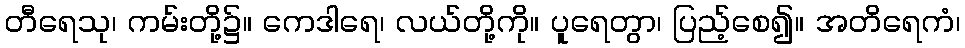
တီရေသု၊ ကမ်းတို့၌။ ကေဒါရေ၊ လယ်တို့ကို။ ပူရေတွာ၊ ပြည့်စေ၍။ အတိရေကံ၊